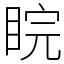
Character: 睆